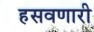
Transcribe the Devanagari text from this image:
हसवणारी